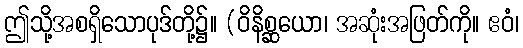
ဤသို့အစရှိသောပုဒ်တို့၌။ (ဝိနိစ္ဆယော၊ အဆုံးအဖြတ်ကို။ ဧဝံ၊